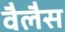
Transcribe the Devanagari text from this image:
वैलैस